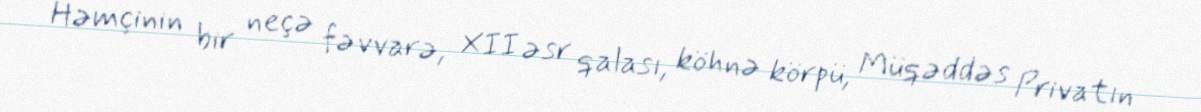
Həmçinin bir neçə fəvvarə, XII əsr qalası, köhnə körpü, Müqəddəs Privatın